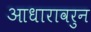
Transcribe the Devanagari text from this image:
आधारावरुन